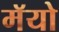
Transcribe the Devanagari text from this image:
मॅयो